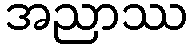
အညာဿ